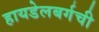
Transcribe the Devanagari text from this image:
हायडेलबर्गची